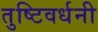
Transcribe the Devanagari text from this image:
तुष्टिवर्धनी